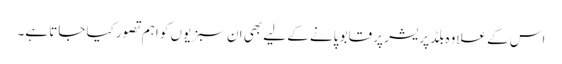
اس کے علاوہ بلڈ پریشر پر قابو پانے کے لیے بھی ان سبزیوں کو اہم تصور کیا جاتا ہے۔